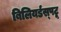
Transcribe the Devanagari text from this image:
बिलियर्डस्‌पटू